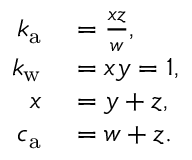
\begin{array} { r l } { k _ { \mathrm { a } } } & { { } = \frac { x z } { w } , } \\ { k _ { \mathrm { w } } } & { { } = x y = 1 , } \\ { x } & { { } = y + z , } \\ { c _ { \mathrm { a } } } & { { } = w + z . } \end{array}